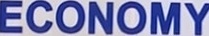
ECONOMY